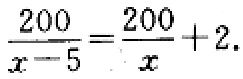
$\frac{200}{x - 5}=\frac{200}{x}+2.$